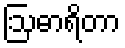
ဩဓာရိတာ